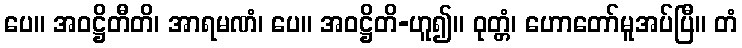
ပေ။ အဝဋ္ဌိတီတိ၊ အာရမဏံ၊ ပေ။ အဝဋ္ဌိတိ-ဟူ၍။ ဝုတ္တံ၊ ဟောတော်မူအပ်ပြီ။ တံ